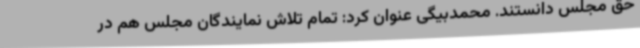
حق مجلس دانستند. محمدبیگی عنوان کرد: تمام تلاش نمایندگان مجلس هم در